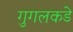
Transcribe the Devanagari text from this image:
गुगलकडे